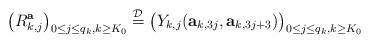
LaTeX: \begin{align*} \bigl(R_{k,j}^\mathbf{ a}\bigr)_{0 \le j \le q_k, k \ge K_0}\stackrel{\cal D}{=} \bigl(Y_{k,j}(\mathbf{ a}_{k, 3j}, \mathbf{a}_{k, 3j+3})\bigr)_{0 \le j \le q_k, k \ge K_0}\end{align*}